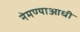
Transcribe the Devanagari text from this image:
नेमण्याआधी